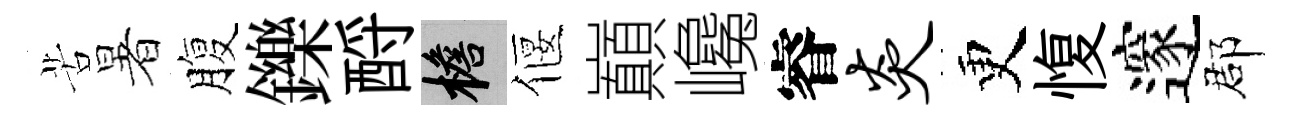
苦暑腹鑠酹檐偃巔巉睿炎更愎邃郡